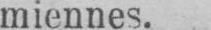
miennes.